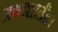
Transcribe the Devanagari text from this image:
अकाशातील